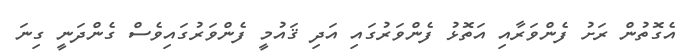
އެގޮތުން ރަށު ފެންވަރާއި އަތޮޅު ފެންވަރުގައި އަދި ޤައުމީ ފެންވަރުގައިވެސް ގެންދަނީ ގިނަ